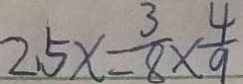
2 . 5 x = \frac { 3 } { 8 } \times \frac { 4 } { 9 }